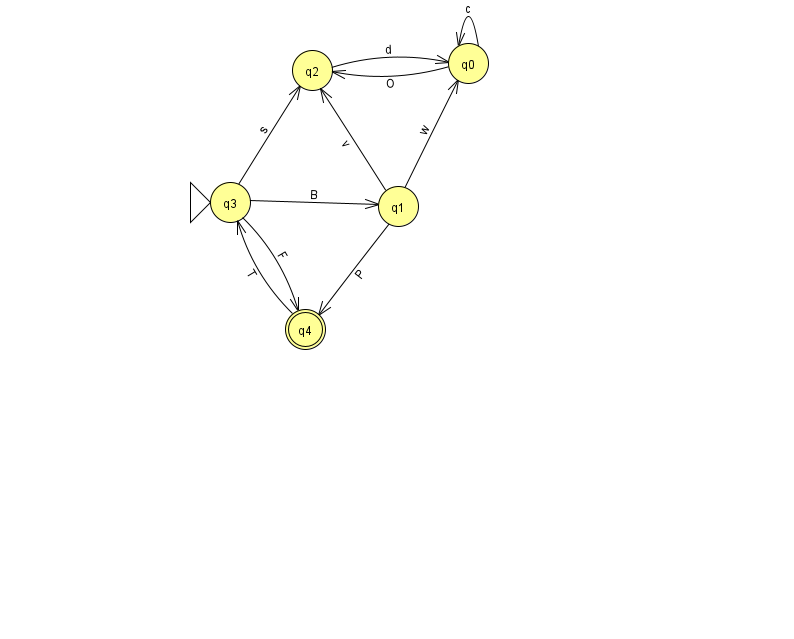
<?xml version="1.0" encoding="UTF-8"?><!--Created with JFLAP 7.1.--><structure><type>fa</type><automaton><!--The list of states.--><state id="0" name="q0"><x>468.0</x><y>50.0</y></state><state id="1" name="q1"><x>398.0</x><y>193.0</y></state><state id="2" name="q2"><x>312.0</x><y>57.0</y></state><state id="3" name="q3"><x>230.0</x><y>189.0</y><initial/></state><state id="4" name="q4"><x>305.0</x><y>316.0</y><final/></state><!--The list of transitions.--><transition><from>0</from><to>0</to><read>c</read></transition><transition><from>0</from><to>2</to><read>O</read></transition><transition><from>1</from><to>0</to><read>w</read></transition><transition><from>3</from><to>1</to><read>B</read></transition><transition><from>1</from><to>4</to><read>P</read></transition><transition><from>4</from><to>3</to><read>T</read></transition><transition><from>1</from><to>2</to><read>v</read></transition><transition><from>2</from><to>0</to><read>d</read></transition><transition><from>3</from><to>2</to><read>s</read></transition><transition><from>3</from><to>4</to><read>F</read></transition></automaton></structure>